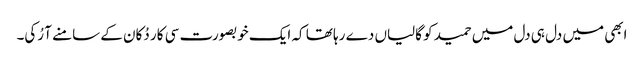
ابھی میں دل ہی دل میں حمید کو گالیاں دے رہا تھا کہ ایک خوبصورت سی کار دُکان کے سامنے آ رُکی۔